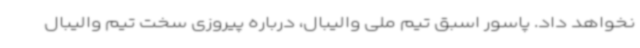
نخواهد داد. پاسور اسبق تیم ملی والیبال، درباره پیروزی سخت تیم ‌والیبال